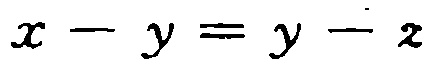
$x - y = y - z$